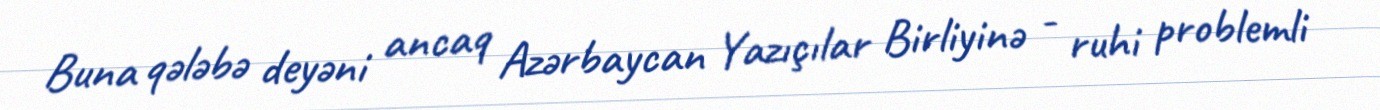
Buna qələbə deyəni ancaq Azərbaycan Yazıçılar Birliyinə - ruhi problemli